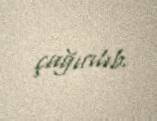
çağırılıb.